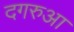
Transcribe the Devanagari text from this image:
दगरुआ